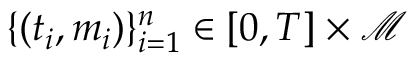
\{ ( t _ { i } , m _ { i } ) \} _ { i = 1 } ^ { n } \in [ 0 , T ] \times \mathcal { M }